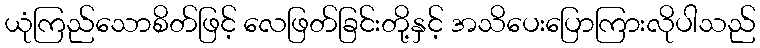
ယုံကြည်သောစိတ်ဖြင့် လေဖြတ်ခြင်းတို့နှင့် အသိပေးပြောကြားလိုပါသည်